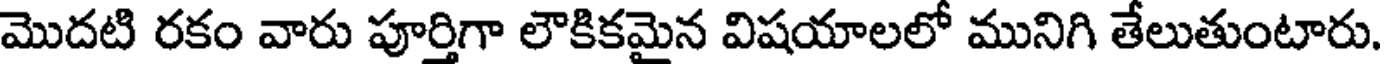
మొదటి రకం వారు పూర్తిగా లౌకికమైన విషయాలలో మునిగి తేలుతుంటారు